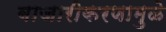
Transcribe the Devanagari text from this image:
बाजारीकरणामुळे